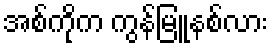
အစ်ကိုက ကွန်မြူနစ်လား